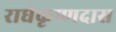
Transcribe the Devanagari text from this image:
राधेकृष्णदास